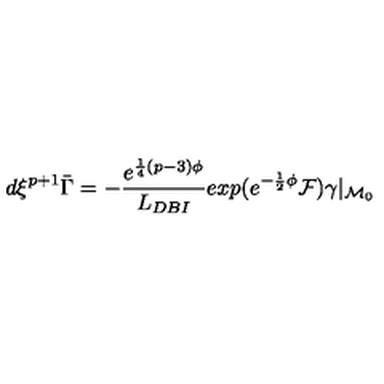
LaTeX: d \xi ^ { p + 1 } \bar { \Gamma } = - { \frac { e ^ { { \frac { 1 } { 4 } } ( p - 3 ) \phi } } { L _ { D B I } } } e x p ( e ^ { { - { \frac { 1 } { 2 } } \phi } } { \cal F } ) \gamma \vert _ { { \cal M } _ { 0 } }